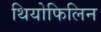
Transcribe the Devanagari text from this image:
थियोफिलिन